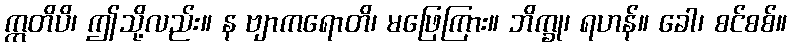
ဣတိပိ၊ ဤသို့လည်း။ န ဗျာကရောတိ၊ မဖြေကြား။ ဘိက္ခု၊ ရဟန်။ ခေါ၊ စင်စစ်။